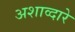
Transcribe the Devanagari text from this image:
अशाव्दारे